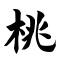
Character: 桃